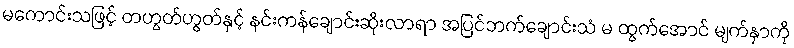
မကောင်းသဖြင့် တဟွတ်ဟွတ်နှင့် နင်းကန်ချောင်းဆိုးလာရာ အပြင်ဘက်ချောင်းသံ မ ထွက်အောင် မျက်နှာကို